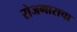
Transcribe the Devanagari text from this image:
रोजगाराचा